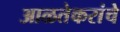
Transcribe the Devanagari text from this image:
आळतेकरांचे